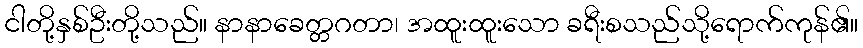
ငါတို့နှစ်ဦးတို့သည်။ နာနာခေတ္တဂတာ၊ အထူးထူးသော ခရီးစသည်သို့ရောက်ကုန်၏။